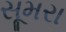
સૂમરા